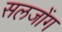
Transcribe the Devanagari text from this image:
सलजोंग